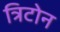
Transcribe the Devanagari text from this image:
त्रिटोन